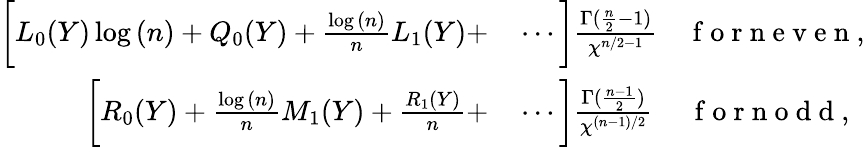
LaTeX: \begin{array}{rl}{\bigg[L_{0}(Y)\log{(n)}+Q_{0}(Y)+\frac{\log{(n)}}{n}L_{1}(Y)+}&{{}\cdots\bigg]\frac{\Gamma(\frac{n}{2}-1)}{\chi^{n/2-1}}\quad\mathrm{~f~o~r~n~e~v~e~n~},}\\ {\bigg[R_{0}(Y)+\frac{\log{(n)}}{n}M_{1}(Y)+\frac{R_{1}(Y)}{n}+}&{{}\cdots\bigg]\frac{\Gamma(\frac{n-1}{2})}{\chi^{(n-1)/2}}\quad~\mathrm{~f~o~r~n~o~d~d~},}\end{array}